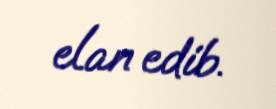
elan edib.